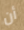
أن